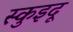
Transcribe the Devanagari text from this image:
स्कुइदू